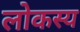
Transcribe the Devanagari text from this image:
लोकस्य